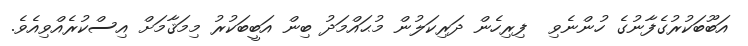
އަބޫބަކުރުގެފާނުގެ ހުންނެވި  ފިރިހެން ދަރިކަލުން މުޙައްމަދު ބިން އަބީބަކުރު މިމަޤާމަށް އިސްކުރެއްވިއެވެ.